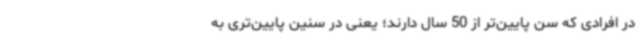
در افرادی که سن پایین‌تر از 50 سال دارند؛ یعنی در سنین پایین‌تری به